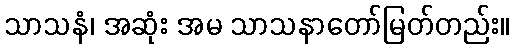
သာသနံ၊ အဆုံး အမ သာသနာတော်မြတ်တည်း။